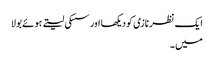
ایک نظر نازی کو دیکھا اور سسکی لیتے ہوئے بولا
میں ۔